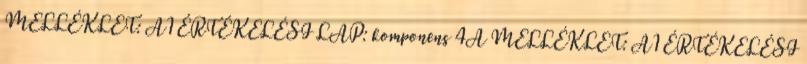
MELLÉKLET: A1 ÉRTÉKELÉSI LAP: komponens 4A MELLÉKLET: A1 ÉRTÉKELÉSI